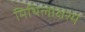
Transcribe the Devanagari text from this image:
मिथिलाक्षरमें